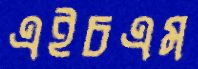
এইচএম